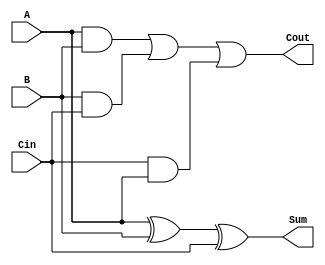
module FullAdder(
    input A,    //    
    input B,    //    
    input Cin,  //   (carry in)
    output Sum, //  
    output Cout //  (carry out)
);

assign Sum = A ^ B ^ Cin;          // XOR    
assign Cout = (A & B) | (B & Cin) | (Cin & A);  // OR    

endmodule